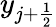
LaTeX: y_{j+\frac 12}